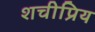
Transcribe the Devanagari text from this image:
शचीप्रिय